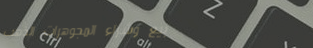
بيع وشراء المجوهرات الذهب